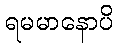
ရမမာနောပိ